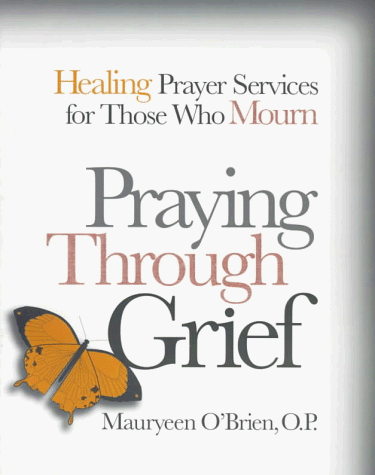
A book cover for Praying Through Grief; Mauryeen O'Brien; Christian Books & Bibles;